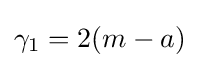
\gamma _{1}=2(m-a)